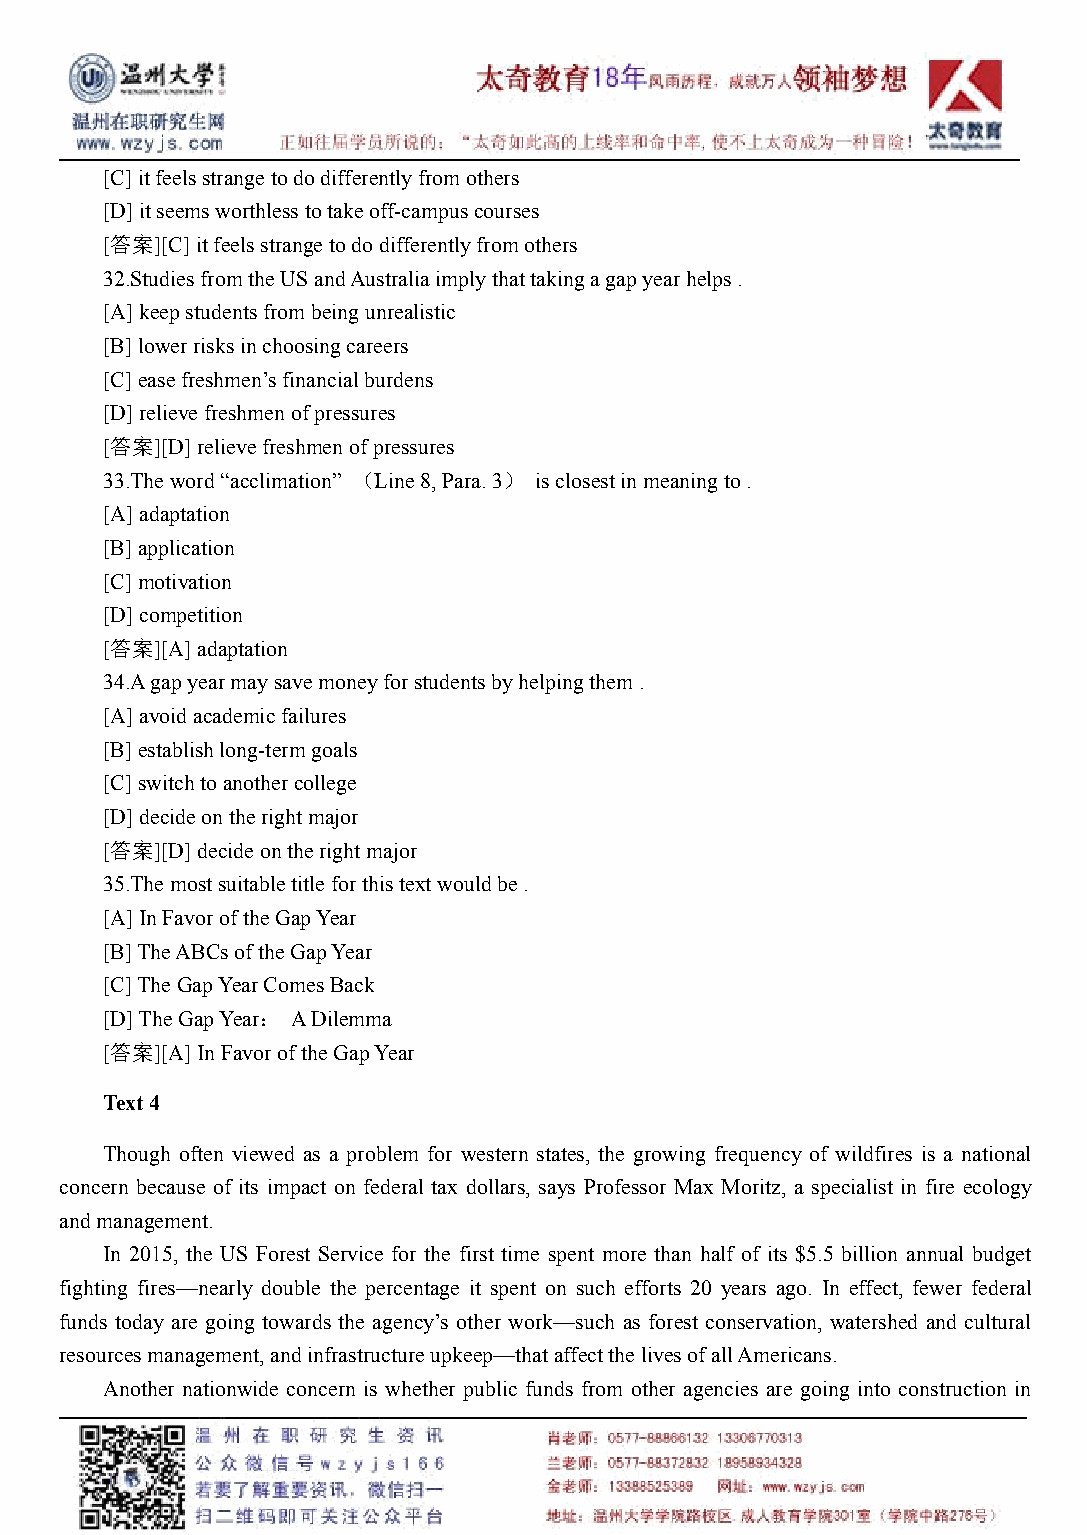
[C]itfeelsstrangetododifferentlyfromothers
 [D]itseemsworthlesstotakeoff-campuscourses
 [答案][C]itfeelsstrangetododifferentlyfromothers
 32.StudiesfromtheUSandAustraliaimplythattakingagapyearhelps.
 [A]keepstudentsfrombeingunrealistic
 [B]lowerrisksinchoosingcareers
 [C]easefreshmen’sfinancialburdens
 [D]relievefreshmenofpressures
 [答案][D]relievefreshmenofpressures
 33.Theword“acclimation” （Line8,Para.3） isclosestinmeaningto.
 [A]adaptation
 [B]application
 [C]motivation
 [D]competition
 [答案][A]adaptation
 34.Agapyearmaysavemoneyforstudentsbyhelpingthem.
 [A]avoidacademicfailures
 [B]establishlong-termgoals
 [C]switchtoanothercollege
 [D]decideontherightmajor
 [答案][D]decideontherightmajor
 35.Themostsuitabletitleforthistextwouldbe.
 [A]InFavoroftheGapYear
 [B]TheABCsoftheGapYear
 [C]TheGapYearComesBack
 [D]TheGapYear： ADilemma
 [答案][A]InFavoroftheGapYear
 Text4
 Though often viewed as a problem for western states, the growing frequency of wildfires is a national
 concern because of its impact on federal tax dollars, says Professor Max Moritz, a specialist in fire ecology
 andmanagement.
 In 2015, the US Forest Service for the first time spent more than half of its $5.5 billion annual budget
 fighting fires—nearly double the percentage it spent on such efforts 20 years ago. In effect, fewer federal
 funds today are going towards the agency’s other work—such as forest conservation, watershed and cultural
 resourcesmanagement,andinfrastructureupkeep—thataffectthelivesofallAmericans.
 Another nationwide concern is whether public funds from other agencies are going into construction in